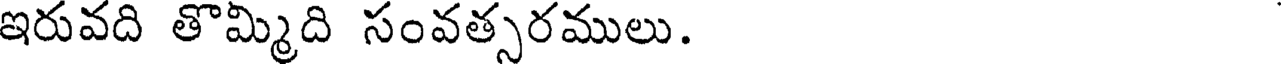
ఇరువది తొమ్మిది సంవత్సరములు.